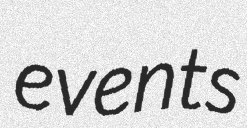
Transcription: events